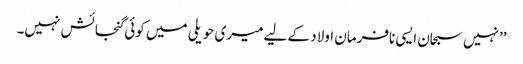
’’نہیں سبحان ایسی نافرمان اولاد کے لیے میری حویلی میں کوئی گنجائش نہیں۔